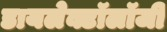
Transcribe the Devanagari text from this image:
डायलेक्टॉलॉजी